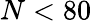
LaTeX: N<80